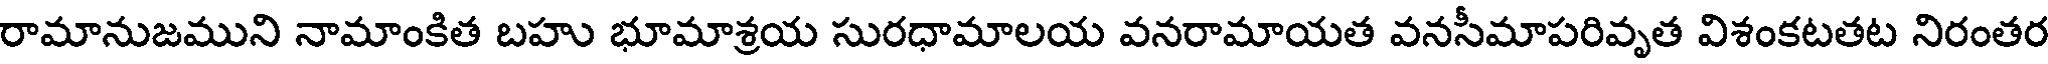
రామానుజముని నామాంకిత బహు భూమాశ్రయ సురధామాలయ వనరామాయత వనసీమాపరివృత విశంకటతట నిరంతర